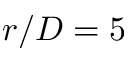
r / D = 5